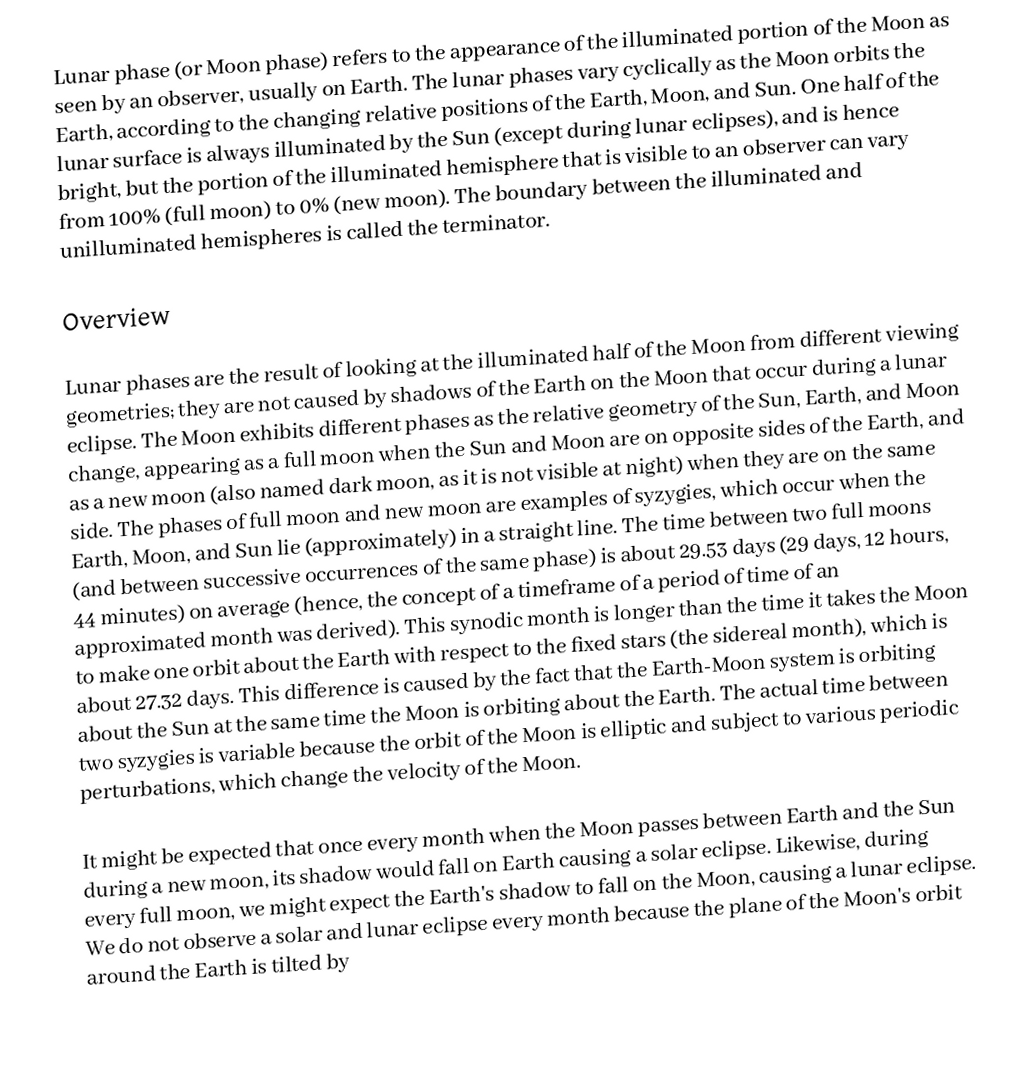
Lunar phase (or Moon phase) refers to the appearance of the illuminated portion of the Moon as seen by an observer, usually on Earth.  The lunar phases vary cyclically as the Moon orbits the Earth, according to the changing relative positions of the Earth, Moon, and Sun. One half of the lunar surface is always illuminated by the Sun (except during lunar eclipses), and is hence bright, but the portion of the illuminated hemisphere that is visible to an observer can vary from 100% (full moon) to 0% (new moon). The boundary between the illuminated and unilluminated hemispheres is called the terminator.

Overview

Lunar phases are the result of looking at the illuminated half of the Moon from different viewing geometries; they are not caused by shadows of the Earth on the Moon that occur during a lunar eclipse. The Moon exhibits different phases as the relative geometry of the Sun, Earth, and Moon change, appearing as a full moon when the Sun and Moon are on opposite sides of the Earth, and as a new moon (also named dark moon, as it is not visible at night) when they are on the same side. The phases of full moon and new moon are examples of syzygies, which occur when the Earth, Moon, and Sun lie (approximately) in a straight line.  The time between two full moons (and between successive occurrences of the same phase) is about 29.53 days (29 days, 12 hours, 44 minutes) on average (hence, the concept of a timeframe of a period of time of an approximated month was derived).  This synodic month is longer than the time it takes the Moon to make one orbit about the Earth with respect to the fixed stars (the sidereal month), which is about 27.32 days. This difference is caused by the fact that the Earth-Moon system is orbiting about the Sun at the same time the Moon is orbiting about the Earth.  The actual time between two syzygies is variable because the orbit of the Moon is elliptic and subject to various periodic perturbations, which change the velocity of the Moon.

It might be expected that once every month when the Moon passes between Earth and the Sun during a new moon, its shadow would fall on Earth causing a solar eclipse.  Likewise, during every full moon, we might expect the Earth's shadow to fall on the Moon, causing a lunar eclipse. We do not observe a solar and lunar eclipse every month because the plane of the Moon's orbit around the Earth is tilted by